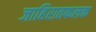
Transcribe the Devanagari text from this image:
जाहिरातफलक